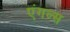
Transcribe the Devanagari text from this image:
ऎंगल्स